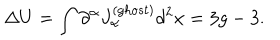
LaTeX: \Delta U = \int \partial ^ { \alpha } J _ { \alpha } ^ { ( g h o s t ) } d ^ { 2 } x = 3 g - 3 .